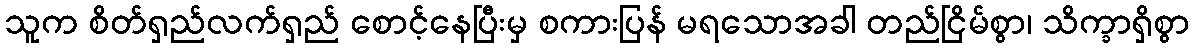
သူက စိတ်ရှည်လက်ရှည် စောင့်နေပြီးမှ စကားပြန် မရသောအခါ တည်ငြိမ်စွာ၊ သိက္ခာရှိစွာ